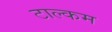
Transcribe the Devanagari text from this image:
टाल्कम